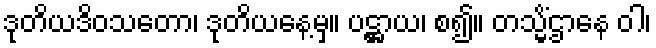
ဒုတိယဒိဝသတော၊ ဒုတိယနေ့မှ။ ပဋ္ဌာယ၊ စ၍။ တသ္မိံဌာနေ ဝါ၊